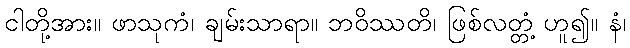
ငါတို့အား။ ဖာသုကံ၊ ချမ်းသာရာ။ ဘဝိဿတိ၊ ဖြစ်လတ္တံ့ ဟူ၍။ နံ၊